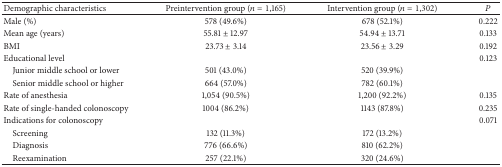
| Demographic characteristics | Preintervention group (n = 1,165) | Intervention group (n = 1,302) | P |
 | --- | --- | --- | --- |
 | Male (%) | 578 (49.6%) | 678 (52.1%) | 0.222 |
 | Mean age (years) | 55.81 ± 12.97 | 54.94 ± 13.71 | 0.133 |
 | BMI | 23.73 ± 3.14 | 23.56 ± 3.29 | 0.192 |
 | Educational level |  |  | 0.123 |
 | Junior middle school or lower | 501 (43.0%) | 520 (39.9%) |  |
 | Senior middle school or higher | 664 (57.0%) | 782 (60.1%) |  |
 | Rate of anesthesia | 1,054 (90.5%) | 1,200 (92.2%) | 0.135 |
 | Rate of single-handed colonoscopy | 1004 (86.2%) | 1143 (87.8%) | 0.235 |
 | Indications for colonoscopy |  |  | 0.071 |
 | Screening | 132 (11.3%) | 172 (13.2%) |  |
 | Diagnosis | 776 (66.6%) | 810 (62.2%) |  |
 | Reexamination | 257 (22.1%) | 320 (24.6%) |  |